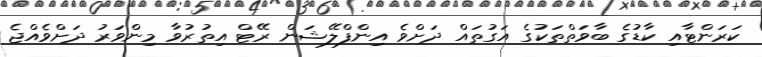
ކަރަންޓާއި ކާޑުގެ ބާވަތްތަކުގެ އަގުތައް ދަށްވެ އިންފްލޭޝަން ރޭޓް އިތުރުވާ މިންވަރު ދަށްވެއްޖެ